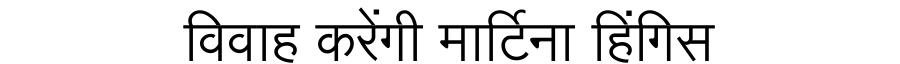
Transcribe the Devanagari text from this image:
विवाह करेंगी मार्टिना हिंगिस